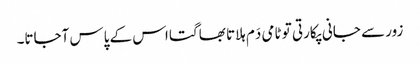
زور سے جانی پکارتی تو ٹامی دَم ہلاتا بھاگتا اس کے پاس آجاتا۔